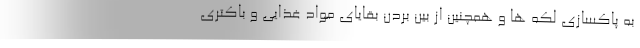
به پاکسازی لکه ها و همچنین از بین بردن بقایای مواد غذایی و باکتری